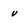
Character: v